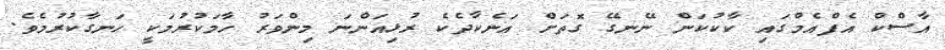
އާސްކް އެފްއެމްގައި ކާކުކަން ނޭނގޭ ގޮތަށް އަނެކާދެކެ ރުޅިއަންނަ މިންވަރު ހާމަކުރުމަކީ ހަނގާކުރުމެވެ.